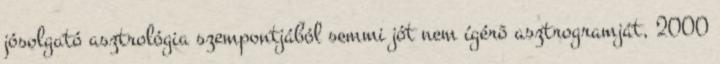
jósolgató asztrológia szempontjából semmi jót nem ígérõ asztrogramját, 2000